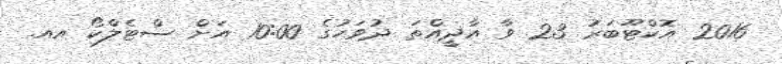
2016 އޮކްޓޫބަރުު 23 ވާ އާދީއްތަ ދުވަހުގެ 10:00 އަށް ސްޓެލްކޯ އއ.